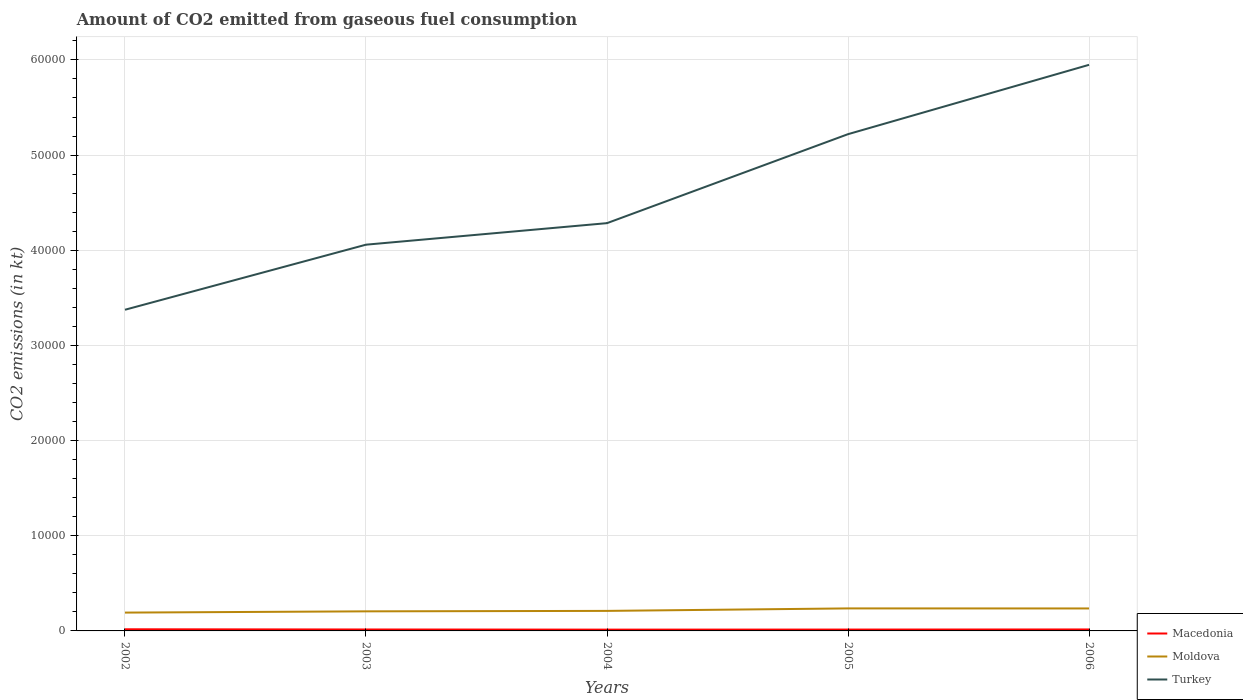
| Years | Macedonia | Moldova | Turkey |
 | --- | --- | --- | --- |
 | 2002 | 172 | 1.93e+03 | 3.37e+04 |
 | 2003 | 150 | 2.06e+03 | 4.06e+04 |
 | 2004 | 136 | 2.1e+03 | 4.28e+04 |
 | 2005 | 143 | 2.37e+03 | 5.22e+04 |
 | 2006 | 154 | 2.36e+03 | 5.95e+04 |